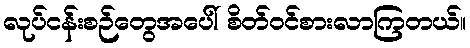
လုပ်ငန်းစဉ်တွေအပေါ် စိတ်ဝင်စားလာကြတယ်။